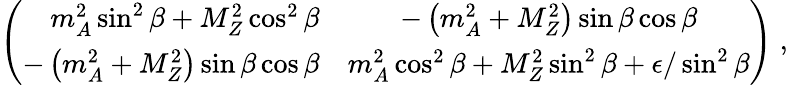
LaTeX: \left(\begin{array}{rc}{{m_{A}^{2}\sin^{2}\beta+M_{Z}^{2}\cos^{2}\beta}}&{{-\left(m_{A}^{2}+M_{Z}^{2}\right)\sin\beta\cos\beta}}\\ {{-\left(m_{A}^{2}+M_{Z}^{2}\right)\sin\beta\cos\beta}}&{{m_{A}^{2}\cos^{2}\beta+M_{Z}^{2}\sin^{2}\beta+\epsilon/\sin^{2}\beta}}\end{array}\right)\; ,